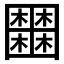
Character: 𡈹